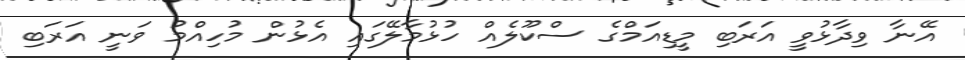
އޭނާ ވިދާޅުވީ އަރަބި މީޑިއަމްގެ ސްކޫލެއް ހުޅުމާލޭގައި އެޅުން މުހިއްމު ވަނީ އަރަބި